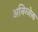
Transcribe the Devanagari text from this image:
अनिन्जेक्त